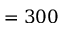
= 3 0 0